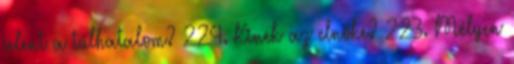
jelent a túlhatalom? 224. Kinek az elnöke? 223. Mélyen